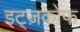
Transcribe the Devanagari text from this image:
इट्ज़कोफ